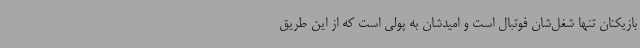
بازیکنان تنها شغل‌شان فوتبال است و امیدشان به پولی است که از این طریق